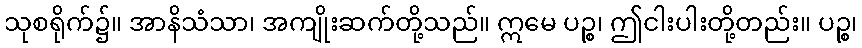
သုစရိုက်၌။ အာနိသံသာ၊ အကျိုးဆက်တို့သည်။ ဣမေ ပဉ္စ၊ ဤငါးပါးတို့တည်း။ ပဉ္စ၊